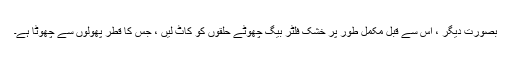
بصورت دیگر ، اس سے قبل مکمل طور پر خشک فلٹر بیگ چھوٹے حلقوں کو کاٹ لیں ، جس کا قطر پھولوں سے چھوٹا ہے۔